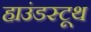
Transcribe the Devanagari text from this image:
हाउंडस्टूथ